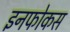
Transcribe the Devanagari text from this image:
इनफोकस